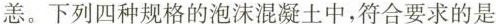
恙。下列四种规格的泡沫混凝土中，符合要求的是